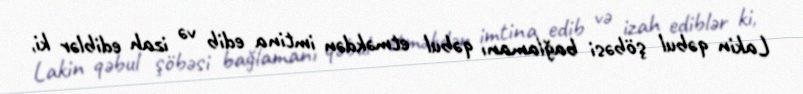
Lakin qəbul şöbəsi bağlamanı qəbul etməkdən imtina edib və izah ediblər ki,